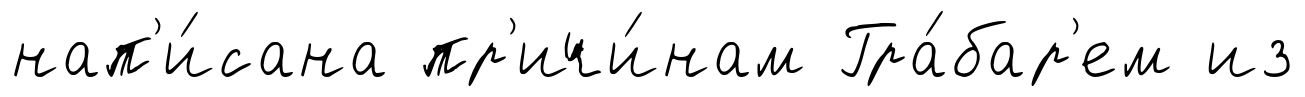
нап'и́сана пр'ичи́нам Гра́бар'ем из